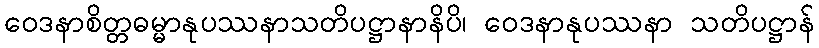
ဝေဒနာစိတ္တဓမ္မာနုပဿနာသတိပဋ္ဌာနာနိပိ၊ ဝေဒနာနုပဿနာ သတိပဋ္ဌာန်